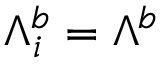
{ \Lambda } _ { i } ^ { b } = { \Lambda } ^ { b }